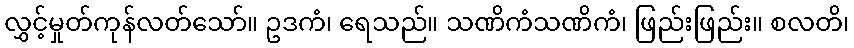
လွှင့်မှုတ်ကုန်လတ်သော်။ ဥဒကံ၊ ရေသည်။ သဏိကံသဏိကံ၊ ဖြည်းဖြည်း။ စလတိ၊